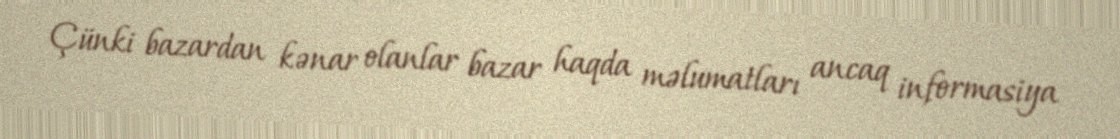
Çünki bazardan kənar olanlar bazar haqda məlumatları ancaq informasiya